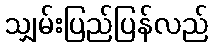
သျှမ်းပြည်ပြန်လည်